Vaccination North-Western Provinces and Oudh 1878-1895 - 1878-1895
Year: 1878
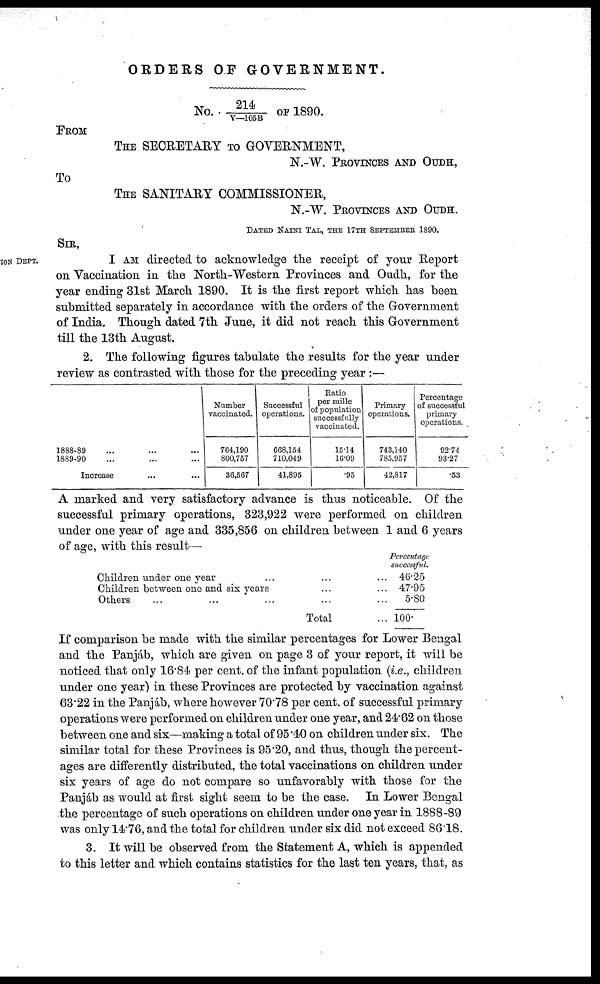
ORDERS OF GOVERNMENT.
No. 214/V—105B OF 1890.
FROM
THE SECRETARY TO GOVERNMENT,
N.-W. PROVINCES AND OUDH,
To
THE SANITARY COMMISSIONER,
N.-W. PROVINCES AND OUDH.
DATED NAINI TAL, THE 17TH SEPTEMBER 1890.
SIR,
ION DEPT.
I AM directed to acknowledge the receipt of your Report
on Vaccination in the North-Western Provinces and Oudh, for the
year ending 31st March 1890. It is the first report which has been
submitted separately in accordance with the orders of the Government
of India. Though dated 7th June, it did not reach this Government
till the 13th August.
2. The following figures tabulate the results for the year under
review as contrasted with those for the preceding year :—
1888-89 ... ... ...
1889-90 ... ... ...
Increase ... ...
Number
vaccinated.
764,190
800,757
36,567
Successful
operations.
668,154
710,049
41,895
Ratio
per mille
of population
successfully
vaccinated.
15.14
16.09
.95
Primary
operations.
743,140
785,957
42,817
Percentage
of successful
primary
operations.
92.74
93.27
.53
A marked and very satisfactory advance is thus noticeable. Of the
successful primary operations, 323,922 were performed on children
under one year of age and 335,856 on children between 1 and 6 years
of age, with this result—
Children under one year ... ... ...
Children between one and six years ... ...
Others ... ... ... ... ...
Total ...
Percentage
successful.
46.25
47.95
5.80
100.
If comparison be made with the similar percentages for Lower Bengal
and the Panjáb, which are given on page 3 of your report, it will be
noticed that only 16.84 per cent. of the infant population (i.e., children
under one year) in these Provinces are protected by vaccination against
63.22 in the Panjáb, where however 7078 per cent. of successful primary
operations were performed on children under one year, and 24.62 on those
between one and six—making a total of 95.40 on children under six. The
similar total for these Provinces is 95.20, and thus, though the percent-
ages are differently distributed, the total vaccinations on children under
six years of age do not compare so unfavorably with those for the
Panjáb as would at first sight seem to be the case. In Lower Bengal
the percentage of such operations on children under one year in 1888-89
was only 14.76, and the total for children under six did not exceed 86.18.
3. It will be observed from the Statement A, which is appended
to this letter and which contains statistics for the last ten years, that, as